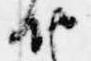
納